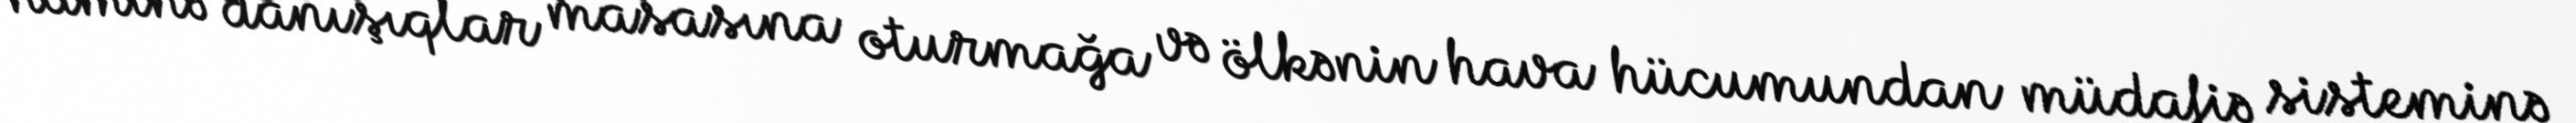
naminə danışıqlar masasına oturmağa və ölkənin hava hücumundan müdafiə sisteminə